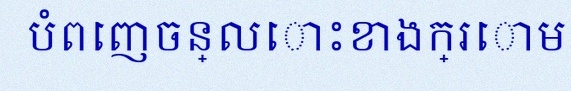
បំពេញចន្លោះខាងក្រោម